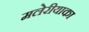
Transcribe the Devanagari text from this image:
मलेरीयाका